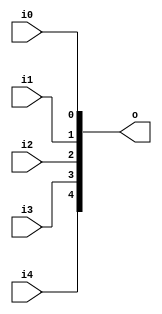
module v36cddd_v9a2a06 (
 input i4,
 input i3,
 input i2,
 input i1,
 input i0,
 output [4:0] o
);
 assign o = {i4, i3, i2, i1, i0};
endmodule